Scottish Leaving Certificate Examination, 1958
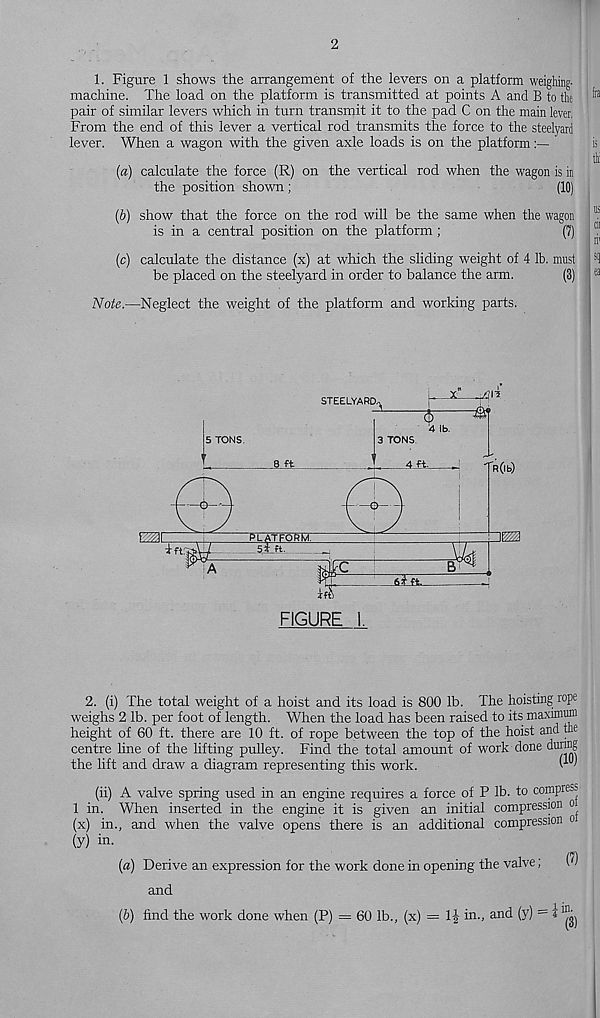
2
1. Figure 1 shows the arrangement of the levers on a platform weighing-
machine. The load on the platform is transmitted at points A and B to the
pair of similar levers which in turn transmit it to the pad C on the main lever.
From the end of this lever a vertical rod transmits the force to the steelyard
lever. When a wagon with the given axle loads is on the platform
{a) calculate the force (R) on the vertical rod when the wagon is in
the position shown ;
(10)
(6) show that the force on the rod will be the same when the wagon
is in a central position on the platform ;
(7)
(c) calculate the distance (x) at which the sliding weight of 4 lb. must
be placed on the steelyard in order to balance the arm.
(3)
Note.—Neglect the weight of the platform and working parts.
2. (i) The total weight of a hoist and its load is 800 lb. The hoisting rope
weighs 2 lb. per foot of length. When the load has been raised to its maximum
height of 60 ft. there are 10 ft. of rope between the top of the hoist and the
centre line of the lifting pulley. Find the total amount of work done
the lift and draw a diagram representing this work.
(ii) A valve spring used in an engine requires a force of P lb. to compress
1 in. When inserted in the engine it is given an initial compression o
(x) in., and when the valve opens there is an additional compression o
(y) in -
(a) Derive an expression for the work done in opening the valve;
M
and
(&) find the work done when (P) = 60 lb., (x) = 1| in., and (y) = l